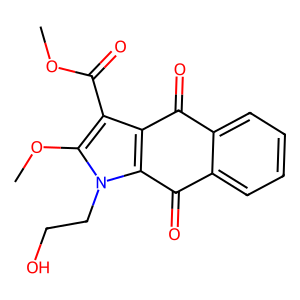
SMILES: COC(=O)c1c2c(n(CCO)c1OC)C(=O)c1ccccc1C2=O
Inhibits HIV replication: No